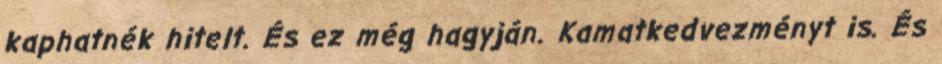
kaphatnék hitelt. És ez még hagyján. Kamatkedvezményt is. És